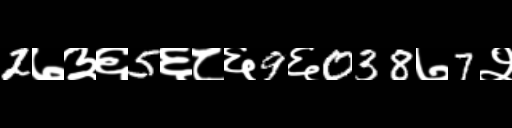
Text: 2७३६5६८६9६038७7२